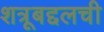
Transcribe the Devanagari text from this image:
शत्रूबद्दलची